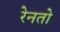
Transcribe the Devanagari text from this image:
रेनतो